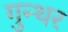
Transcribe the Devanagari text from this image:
गुन्थर